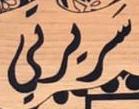
سريرتي